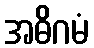
အဓိဂမံ